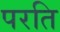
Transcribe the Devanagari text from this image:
परति